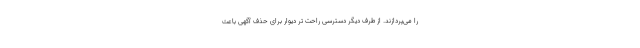
را می‌پردازند. از طرف دیگر دسترسی راحت تر دیوار برای حذف آگهی باعث